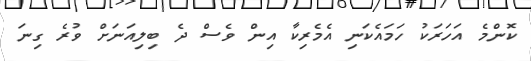
ކޮންމެ އަހަރަކު ހަމައެކަނި އެމެރިކާ އިން ވެސް ދެ ބިލިއަނަށް ވުރެ ގިނަ